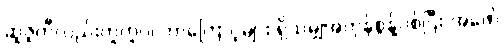
ဆူဇူကီလည်းတူတူပဲ၊ ဘာကြောင့်များ ရှိသမျှအကုန်စွန့်ပစ်ပြီး အဖော်